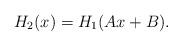
LaTeX: \begin{align*}H_{2}(x)=H_{1}(Ax+B). \end{align*}